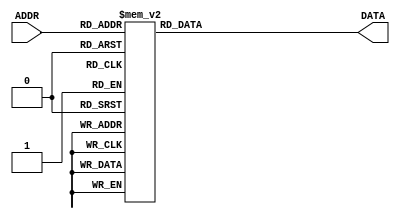
/* 
 * ROM_RTL.V 
 * Behavioral Example of 16x4 ROM 
*/
 
module rom_rtl(ADDR, DATA) ; 
input [3:0] ADDR ; 
output [3:0] DATA ; 
reg [3:0] DATA ; 
 
// A memory is implemented 
// using a case statement 
 
always @(ADDR) 
begin 
    case (ADDR) 
      4'b0000 : DATA = 4'b0000 ; 
      4'b0001 : DATA = 4'b0001 ; 
      4'b0010 : DATA = 4'b0010 ; 
      4'b0011 : DATA = 4'b0100 ; 
      4'b0100 : DATA = 4'b1000 ; 
      4'b0101 : DATA = 4'b1000 ; 
      4'b0110 : DATA = 4'b1100 ; 
      4'b0111 : DATA = 4'b1010 ; 
      4'b1000 : DATA = 4'b1001 ; 
      4'b1001 : DATA = 4'b1001 ; 
      4'b1010 : DATA = 4'b1010 ; 
      4'b1011 : DATA = 4'b1100 ; 
      4'b1100 : DATA = 4'b1001 ; 
      4'b1101 : DATA = 4'b1001 ; 
      4'b1110 : DATA = 4'b1101 ; 
      4'b1111 : DATA = 4'b1111 ; 
    endcase 
end 
 
endmodule